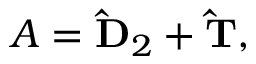
A = \mathbf { \hat { D } } _ { 2 } + \mathbf { \hat { T } } ,